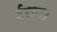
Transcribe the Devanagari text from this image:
ईरान।